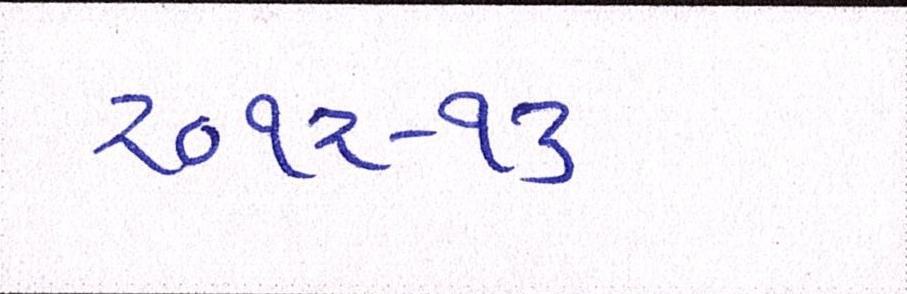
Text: ૨૦૧૨-૧૩